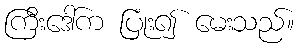
ကြီးဒေါ်က ပြုံး၍ မေးသည်။